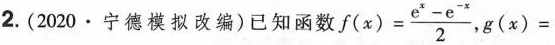
2. (2020 \bullet 宁德模拟改编)已知函数 $$f ( x ) = \frac{e^{x}-e^{-x}}{2}$$， $$g ( x ) =